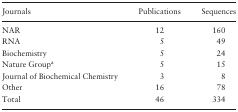
<table><thead><tr><td><b>Journals</b></td><td><b>Publications</b></td><td><b>Sequences</b></td></tr></thead><tbody><tr><td>NAR</td><td>12</td><td>160</td></tr><tr><td>RNA</td><td>5</td><td>49</td></tr><tr><td>Biochemistry</td><td>5</td><td>24</td></tr><tr><td>Nature Group<sup>a</sup></td><td>5</td><td>15</td></tr><tr><td>Journal of Biochemical Chemistry</td><td>3</td><td>8</td></tr><tr><td>Other</td><td>16</td><td>78</td></tr><tr><td>Total</td><td>46</td><td>334</td></tr></tbody></table>